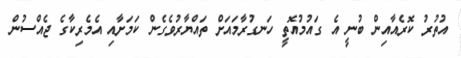
އުތުރު ކޮރެއާއިން ބުނީ އެ ގައުމުއޮތީ ހަނގުރާމައަށް ތައްޔާރުވެގެން ކަމަށާއި އެމެރިކާގެ ޖެއްސުން